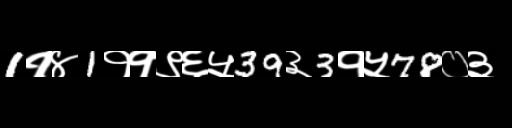
Text: 1१४1११९६५39३3१५78०३